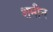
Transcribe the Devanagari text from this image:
शमीन